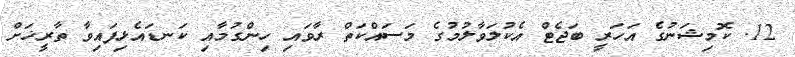
12. ކޮމިޝަނުގެ އަހަރީ ބަޖެޓް އެކުލަވާލުމުގެ މަސައްކަތް ރާވައި ހިންގުމާއި ކަނޑައެޅިފައިވާ ތާރީޚަށް